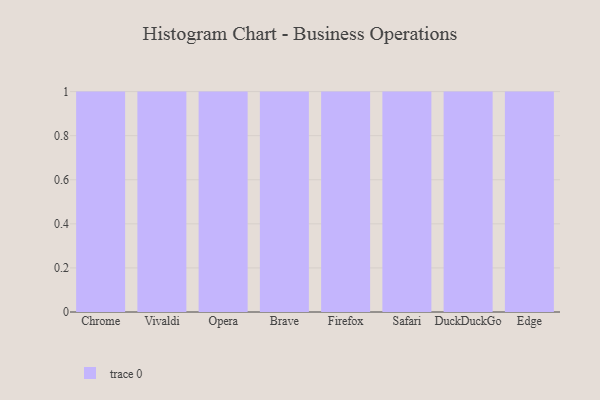
{"axis": {"x": "Browser", "y": "Conversion Rate (%)"}, "legend": [""], "data": [{"x": "Chrome", "y": 65, "type": ""}, {"x": "Vivaldi", "y": 7, "type": ""}, {"x": "Opera", "y": 76, "type": ""}, {"x": "Brave", "y": 18, "type": ""}, {"x": "Firefox", "y": 17, "type": ""}, {"x": "Safari", "y": 2, "type": ""}, {"x": "DuckDuckGo", "y": 15, "type": ""}, {"x": "Edge", "y": 66, "type": ""}]}